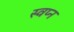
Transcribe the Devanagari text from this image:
स्वप्‍न